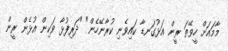
މާމައަށް ހީވޭތަ ރީން އަޅުގަނޑާ ކައިވެނި ކުރާނޭހެން" "ދަރިފުޅާ ވަކިން އުޅެން ރީން